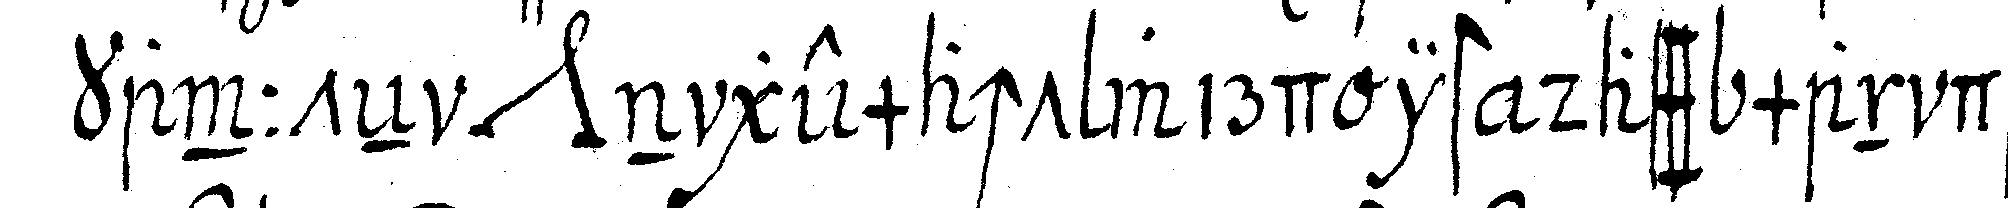
kannteN *nee* n gemacht wird ist dass man das